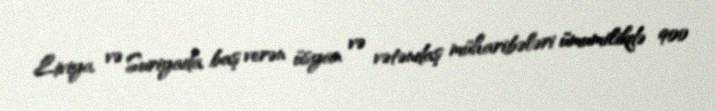
Liviya və Suriyada baş verən üsyan və vətəndaş müharibələri ümumilikdə 900